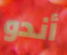
أندو